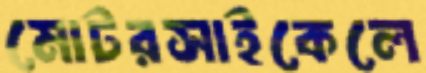
মোটরসাইকেলে